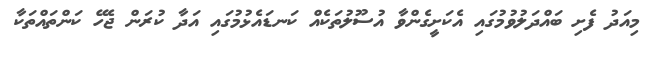
މިއަދު ފެށި ބައްދަލުވުމުގައި އެކަށީގެންވާ އުސޫލުތަކެއް ކަނޑައެޅުމުގައި އަދާ ކުރަން ޖެހޭ ކަންތައްތަކާ